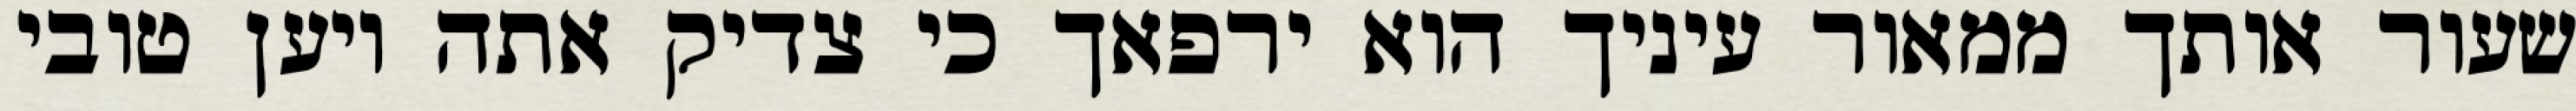
שעור אותך ממאור עיניך הוא ירפאך כי צדיק אתה ויען טובי